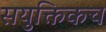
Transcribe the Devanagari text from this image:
सयुक्तिकच